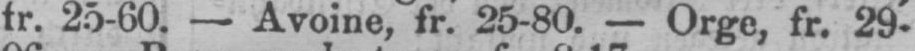
fr. 25-60. - Avoine, fr. 25-80. - Orge, fr. 29-